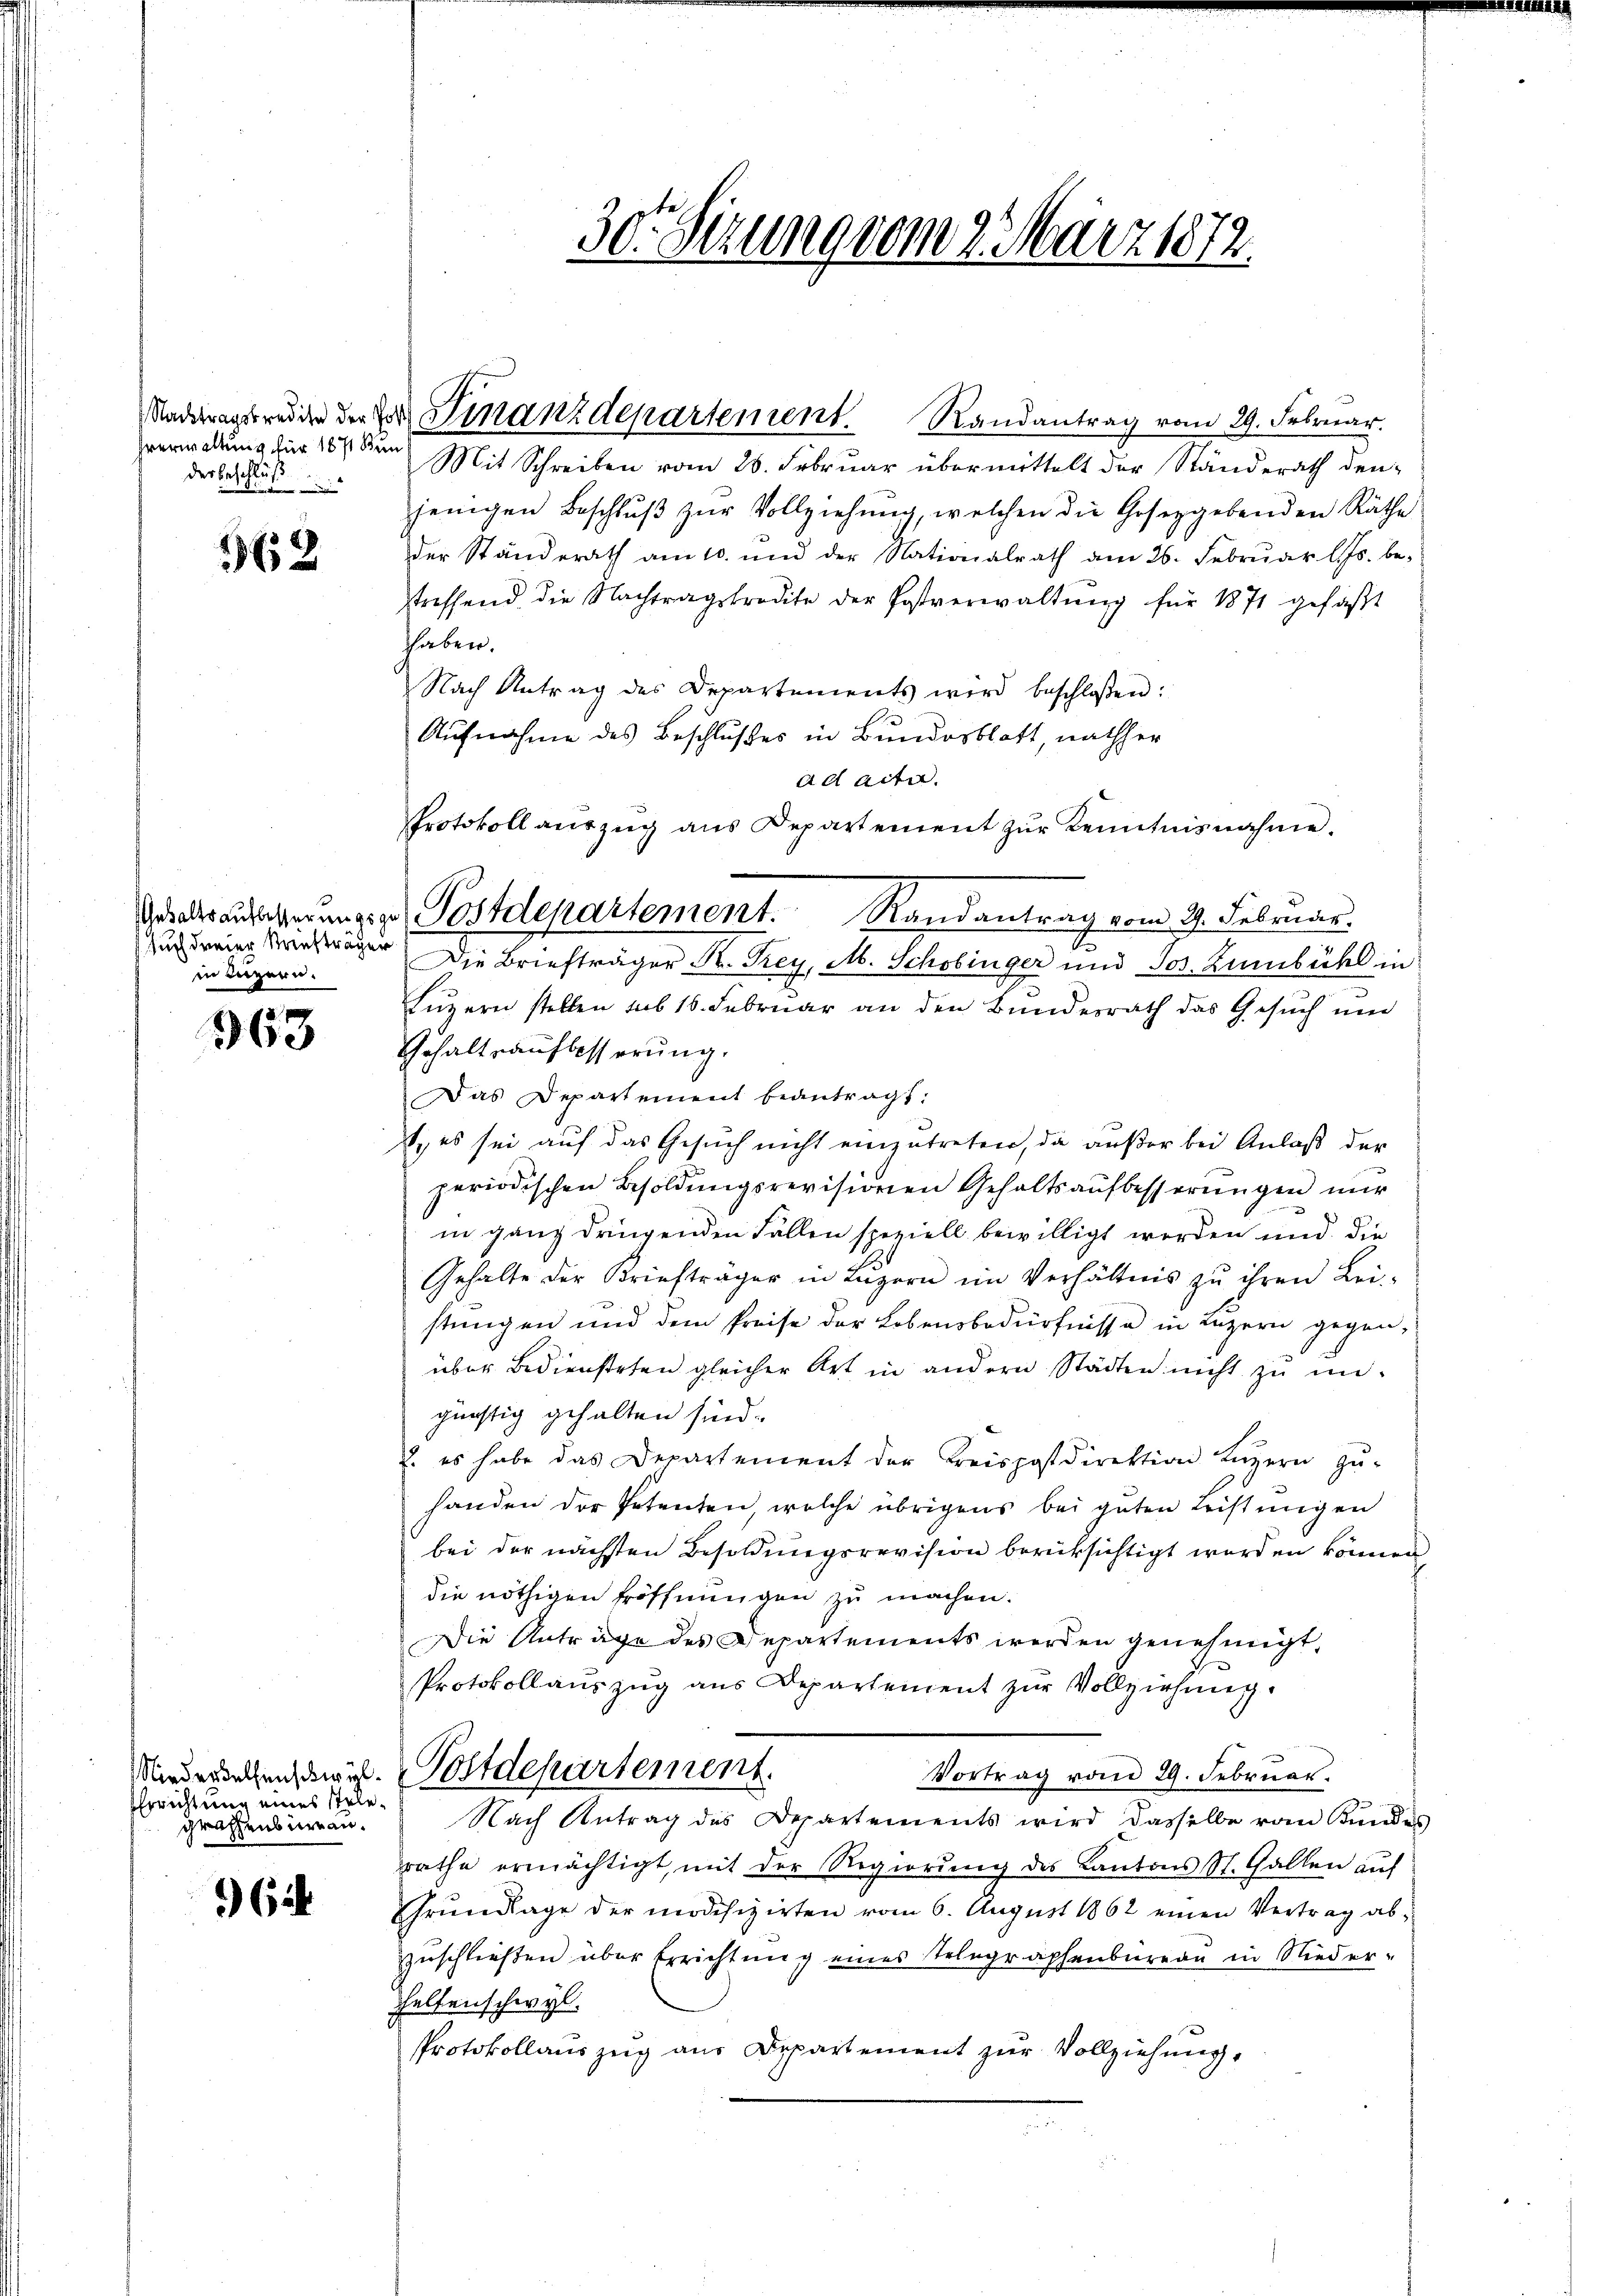
hverwaltung für 1871 Kun
der Beschluß
di

362

such derer Kaufträger
in Luzern.

363

Errichtung eines stelegraffens veran.

) Cit

Nadragsrede der der Finanzdepartement. Randantrag vom 29. Februar.
Mit Schreiben vom 26. Februar übermittelt der Ständerath den

Protokoll aŭszŭg ans Departement zŭr Kenntnisnahme.
aarausserung Postdepartement. Randantrag vom 9. Februar.
Die Briefträger K. Frey, M. Schobinger und Jos. Zumbühl in

30. Sezung vom 2. März 1872.

jenigen Beschlŭβ zŭr Vollziehung, welchen die Gesetzgebenden Räthe
der Ständerath am 10. und der Nationalrath am 26. Febrŭar l. Js. be-
streffend die Nachtragskredite der Postverwaltŭng für 1871 gefaβt
hhaben.
Nach Antrag des Departements wird beschloßen:
Aufnahme des Beschlußes in Bundesblatt, nachher
ad acta.
t.
n
Luzern stellen sub 16. Februar an den Bundesrath das Gesuch und
Gehaltsaufbesserung.
Das Departement beantragt:
) es sei auf das Gesuch nicht einzutreten, da außer bei Anlaß der
periodischen Besoldungsrevisionen Gehaltsaufbesserungen nur
in ganz dringenden Fällen speziell bewilligt werden und die
Gehalte der Kriefträger in Lŭzern im Verhältnis zu ihren Lei-
stungen und dem Preise der Lebensbedürfnisse in Luzern gegenüber Bediensteten gleicher Art in andern Städten nicht zu ungünstig gehalten sind.
2. es habe das Departement der Kreispostdirektion Luzern zŭ-
handen der Petenten, welche übrigens bei guten Leistungen
bei der nächsten Besoldungsrevision berüksichtigt werden können,
die nöthigen Eröffnungen zu machen.
Die Anträge des Departements werden genehmigt,
Protokollaŭszŭg ans Departement zŭr Vollziehung.
Minderathenswill. Postdepartement.
Vortrag vom 29. Februar.
Nach Antrag des Departements wird dasselbe von Kundes
rrathe ermächtigt, mit der Regierung des Kantons St. Gallen auf
Grundlage der modifizirten vom 6. August 1862 einen Vertrag abzuschließen über Errichtung eines Telegraphenbureau in Nieder-
Helfenschwyl.
Protokollauszug aus Departement zur Vollziehung,